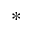
^ *